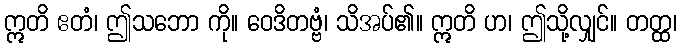
ဣတိ ဧတံ၊ ဤသဘော ကို။ ဝေဒိတဗ္ဗံ၊ သိအပ်၏။ ဣတိ ဟ၊ ဤသို့လျှင်။ တတ္ထ၊